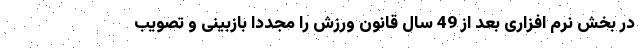
در بخش نرم افزاری بعد از 49 سال قانون ورزش را مجدداً بازبینی و تصویب